Punjab Mental Hospital Lahore 1922-31 - 1922-1931
Year: 1922
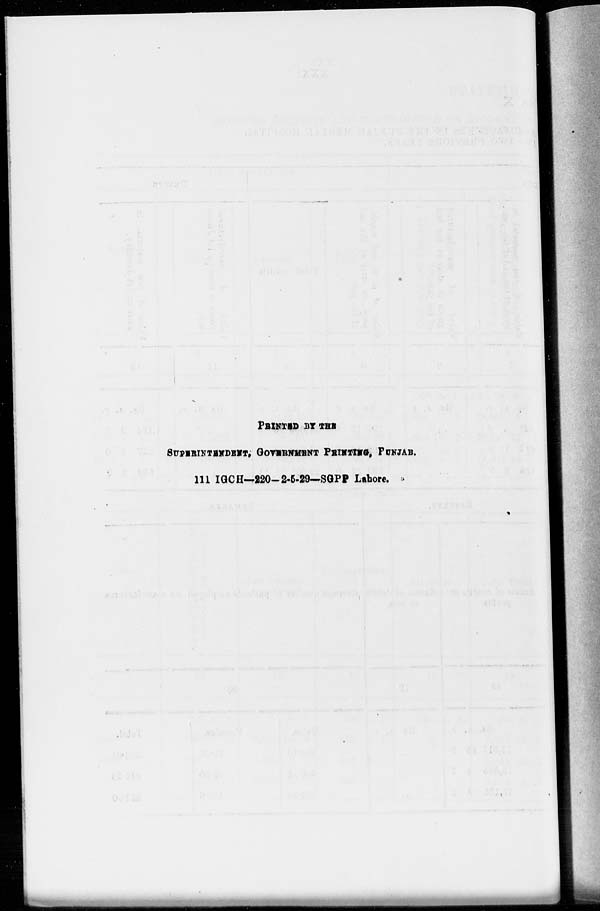
PRINTED BY THE
SUPERINTENDENT, GOVERNMENT PRINTING, PUNJAB.
111 IGCH—220-2-5-29—SGPP Lahore.